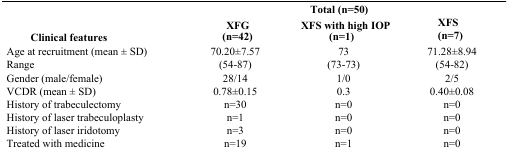
<table><thead><tr><td rowspan="2"><b>Clinical features</b></td><td colspan="3"><b>Total (n=50)</b></td></tr><tr><td><b>XFG (n=42)</b></td><td><b>XFS with high IOP (n=1)</b></td><td><b>XFS (n=7)</b></td></tr></thead><tbody><tr><td>Age at recruitment (mean ± SD)</td><td>70.20±7.57</td><td>73</td><td>71.28±8.94</td></tr><tr><td>Range</td><td>(54-87)</td><td>(73-73)</td><td>(54-82)</td></tr><tr><td>Gender (male/female)</td><td>28/14</td><td>1/0</td><td>2/5</td></tr><tr><td>VCDR (mean ± SD)</td><td>0.78±0.15</td><td>0.3</td><td>0.40±0.08</td></tr><tr><td>History of trabeculectomy</td><td>n=30</td><td>n=0</td><td>n=0</td></tr><tr><td>History of laser trabeculoplasty</td><td>n=1</td><td>n=0</td><td>n=0</td></tr><tr><td>History of laser iridotomy</td><td>n=3</td><td>n=0</td><td>n=0</td></tr><tr><td>Treated with medicine</td><td>n=19</td><td>n=1</td><td>n=0</td></tr></tbody></table>